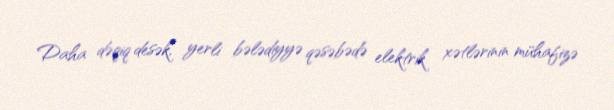
Daha dəqiq desək, yerli bələdiyyə qəsəbədə elektrik xətlərinin mühafizə